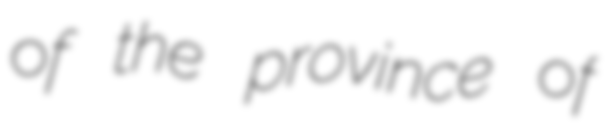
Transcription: of the province of